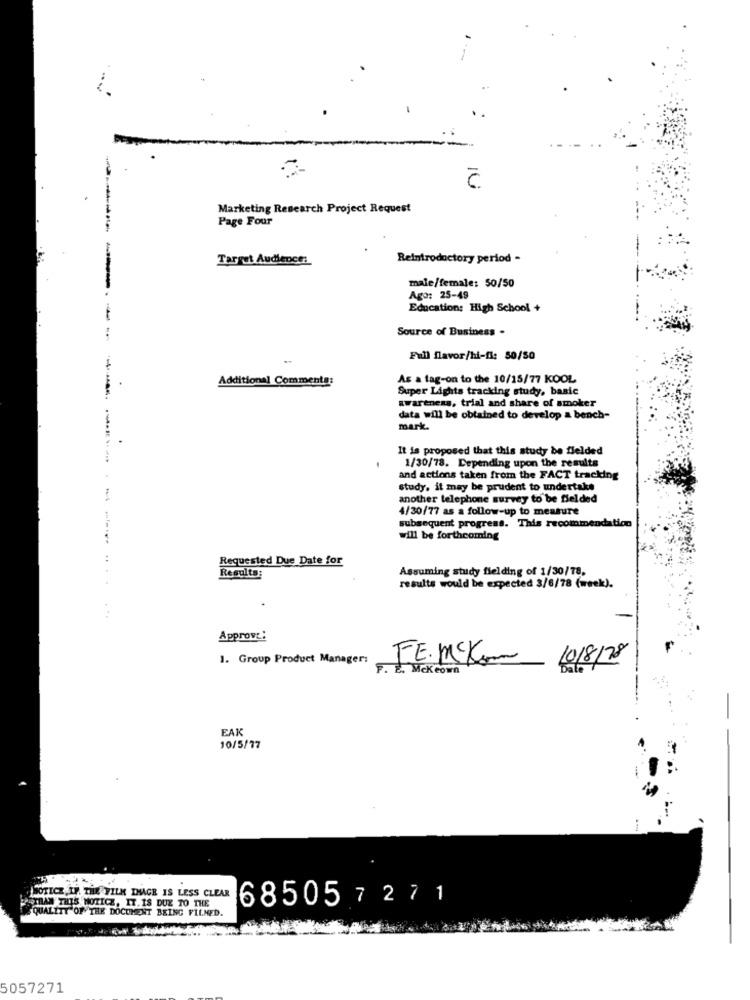
16
Marketing Research Project Request
Page Four
Target Audience:
Reintroductory period -
---
male/female: 50/50
Ago: 25-49
Education: High School +
Source of Business .
Full flavor/hi-fi: 50/50
Additional Comments:
As a tag-on to the 10/15/77 KOOL
Super Lights tracking study, basic
awareness, trial and share of smoker
data will be obtained to develop a bench-
mark.
It is proposed that this study be fielded
1/30/78. Depending upon the results
and actions taken from the FACT tracking
study. it may be prudent to undertake
another telephone survey to be fielded
4/30/77 as a follow-up to measure
subsequent progress. This recommendation
will be forthcoming
Requested Due Date for
Assuming study fielding of 1/30/78.
Results:
results would be expected 3/6/78 (week).
. ..
Approve:
1. Group Product Manager:
FE.MEKon
10/8/78
F. E. Mckeown
EAK
10/5/77
.
THAN THIS NOTICE, IT IS DUE TO THE
SOTICZ ,IF. THE VILK IMAGE IS LESS CLEAR
685057 271
QUALITY OF THE DOCUMENT BEING FILMED.
5057271